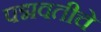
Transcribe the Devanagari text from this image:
पद्मवतीचे